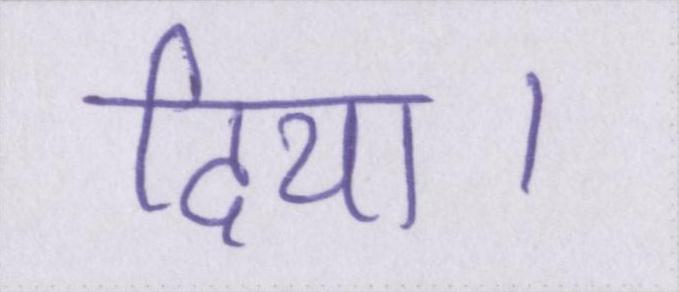
दिया।